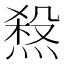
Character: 𤍁